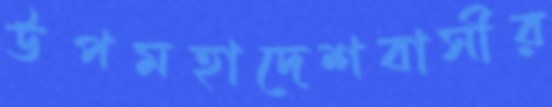
উপমহাদেশবাসীর